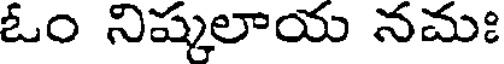
ఓం నిష్కలాయ నమః